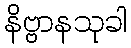
နိဗ္ဗာနသုခါ